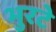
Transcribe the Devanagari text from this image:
भुरटे